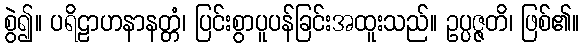
စွဲ၍။ ပရိဠာဟနာနတ္တံ၊ ပြင်းစွာပူပန်ခြင်းအထူးသည်။ ဥပ္ပဇ္ဇတိ၊ ဖြစ်၏။